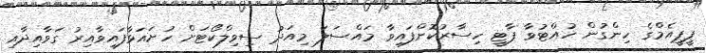
ޕީޕީއެމްގެ ހިންގުން ހުއްޓުވާ ޕާޓީ ހިސާރުކޮށްފައިވާ މައްސަލަ މިއަދު ސިވިލްކޯޓަށް ހުށައަޅާފައިވާއިރު ގަވާއިދާއި